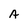
Character: A